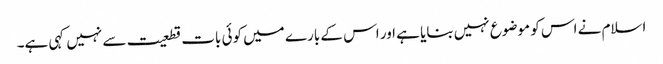
اسلام نے اس کو موضوع نہیں بنایا ہے اور اس کے بارے میں کوئی بات قطعیت سے نہیں کہی ہے۔